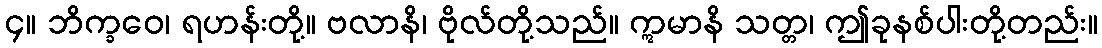
၄။ ဘိက္ခဝေ၊ ရဟန်းတို့။ ဗလာနိ၊ ဗိုလ်တို့သည်။ ဣမာနိ သတ္တ၊ ဤခုနစ်ပါးတို့တည်း။